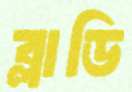
ব্লাডি